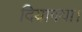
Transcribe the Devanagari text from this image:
दियागया।